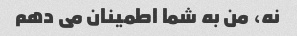
نه، من به شما اطمینان می دهم